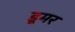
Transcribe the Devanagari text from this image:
डूमर